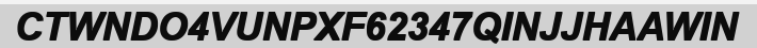
CTWNDO4VUNPXF62347QINJJHAAWIN